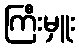
ကြီးမှူး